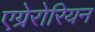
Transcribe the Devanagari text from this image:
एग्रेरोरियन